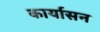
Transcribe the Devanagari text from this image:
कार्यासन